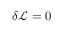
\delta { \mathcal { L } } = 0